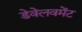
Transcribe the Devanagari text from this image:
डेवेलवमेंट